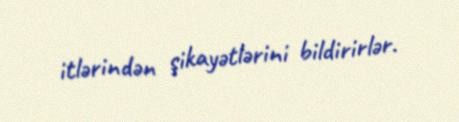
itlərindən şikayətlərini bildirirlər.